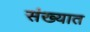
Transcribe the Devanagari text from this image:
संख्यात